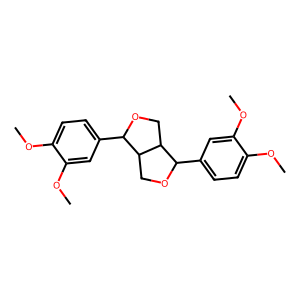
SMILES: COc1ccc(C2OCC3C(c4ccc(OC)c(OC)c4)OCC23)cc1OC
Inhibits HIV replication: No